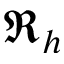
\Re _ { h }